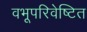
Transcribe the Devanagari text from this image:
वभूपरिवेष्टित